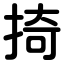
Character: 掎